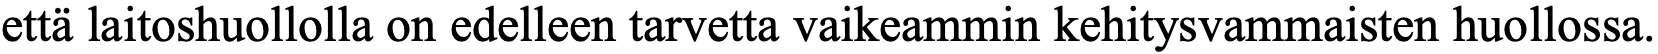
että laitoshuollolla on edelleen tarvetta vaikeammin kehitysvammaisten huollossa.